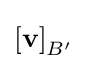
{\textstyle \left[\mathbf {v} \right]_{B'}}